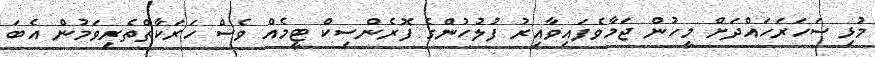
މުޅި ސަހަރަހައްދަށް މީހުން ޖަމާވެފައިވާއިރު ފުލުހުންގެ ފޮރެންސިކް ޓީމެއް ވެސް ހަރަކާތްތެރިވަމުން އެބަ